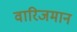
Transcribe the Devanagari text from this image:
वारिजमान